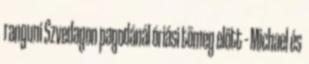
ranguni Szvedagon pagodánál óriási tömeg előtt – Michael és